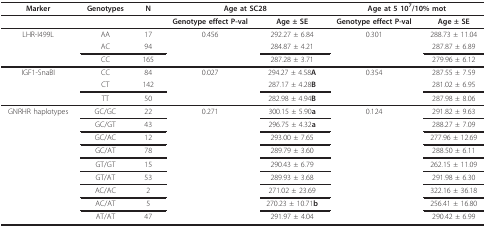
| Marker | Genotypes | N | <COLSPAN=2> Age at SC28 | <COLSPAN=2> Age at 5 107/10% mot |
 | --- | --- | --- | --- | --- | --- | --- |
 |  |  |  | Genotype effect P-val | Age ± SE | Genotype effect P-val | Age ± SE |
 | LHR-I499L | AA | 17 | 0.456 | 292.27 ± 6.84 | 0.301 | 288.73 ± 11.04 |
 |  | AC | 94 |  | 284.87 ± 4.21 |  | 287.87 ± 6.89 |
 |  | CC | 165 |  | 287.28 ± 3.71 |  | 279.96 ± 6.12 |
 | IGF1-SnaBI | CC | 84 | 0.027 | 294.27 ± 4.58A | 0.354 | 287.55 ± 7.59 |
 |  | CT | 142 |  | 287.17 ± 4.28B |  | 281.02 ± 6.95 |
 |  | TT | 50 |  | 282.98 ± 4.94B |  | 287.98 ± 8.06 |
 | GNRHR haplotypes | GC/GC | 22 | 0.271 | 300.15 ± 5.90a | 0.124 | 291.82 ± 9.63 |
 |  | GC/GT | 43 |  | 296.75 ± 4.32a |  | 288.27 ± 7.09 |
 |  | GC/AC | 12 |  | 293.00 ± 7.65 |  | 277.96 ± 12.69 |
 |  | GC/AT | 78 |  | 289.79 ± 3.60 |  | 288.50 ± 6.11 |
 |  | GT/GT | 15 |  | 290.43 ± 6.79 |  | 262.15 ± 11.09 |
 |  | GT/AT | 53 |  | 289.93 ± 3.68 |  | 291.98 ± 6.30 |
 |  | AC/AC | 2 |  | 271.02 ± 23.69 |  | 322.16 ± 36.18 |
 |  | AC/AT | 5 |  | 270.23 ± 10.71b |  | 256.41 ± 16.80 |
 |  | AT/AT | 47 |  | 291.97 ± 4.04 |  | 290.42 ± 6.99 |